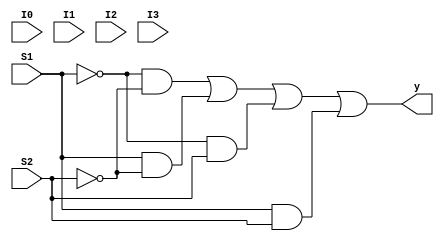
`timescale 1ns / 1ps
//////////////////////////////////////////////////////////////////////////////////
// Company: 
// Engineer: 
// 
// Design Name: 
// Module Name:    multiplixer_4_1 
// Project Name: 
// Target Devices: 
// Tool versions: 
// Description: 
//
// Dependencies: 
//
// Revision: 
// Revision 0.01 - File Created
// Additional Comments: 
//
//////////////////////////////////////////////////////////////////////////////////
module multiplixer_4_1(
	input S1,
	input S2,
	input I0,
	input I1,
	input I2,
	input I3,
	output y
    );
	 
	wire S1P, S2P, d0, d1, d2, d3;
	not
		n1 (S1P, S1),
		n2 (S2P, S2);
	and
		a0 (d0, S1P, S2P),
		a1 (d1, S1, S2P),
		a2 (d2, S1P, S2),
		a3 (d3, S1, S2);
	or result (y, d0, d1, d2, d3);
	
endmodule